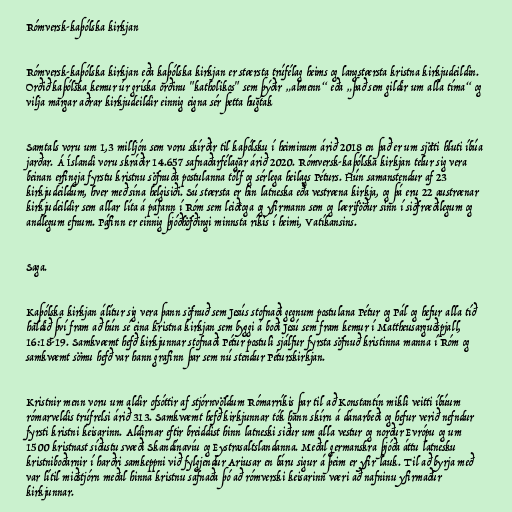
Rómversk-kaþólska kirkjan

Rómversk-kaþólska kirkjan eða kaþólska kirkjan er stærsta trúfélag heims og langstærsta kristna kirkjudeildin.
Orðið kaþólska kemur úr gríska orðinu "katholikos" sem þýðir „almenn“ eða „það sem gildir um alla tíma“ og
vilja margar aðrar kirkjudeildir einnig eigna sér þetta hugtak

Samtals voru um 1,3 milljón sem voru skírðir til kaþólsku í heiminum árið 2018 en það er um sjötti hluti íbúa
jarðar. Á Íslandi voru skráðir 14.657 safnaðarfélagar árið 2020. Rómversk-kaþólska kirkjan telur sig vera
beinan erfingja fyrstu kristnu söfnuða postulanna tólf og sérlega heilags Péturs. Hún samanstendur af 23
kirkjudeildum, hver með sína helgisiði. Sú stærsta er hin latneska eða vestræna kirkja, og þá eru 22 austrænar
kirkjudeildir sem allar líta á páfann í Róm sem leiðtoga og yfirmann sem og læriföður sinn í siðfræðilegum og
andlegum efnum. Páfinn er einnig þjóðhöfðingi minnsta ríkis í heimi, Vatíkansins.

Saga.

Kaþólska kirkjan álítur sig vera þann söfnuð sem Jesús stofnaði gegnum postulana Pétur og Pál og hefur alla tíð
haldið því fram að hún sé eina kristna kirkjan sem byggi á boði Jesú sem fram kemur í Mattheusarguðspjall,
16:18-19. Samkvæmt hefð kirkjunnar stofnaði Pétur postuli sjálfur fyrsta söfnuð kristinna manna í Róm og
samkvæmt sömu hefð var hann grafinn þar sem nú stendur Péturskirkjan.

Kristnir menn voru um aldir ofsóttir af stjórnvöldum Rómarríkis þar til að Konstantín mikli veitti íbúum
rómarveldis trúfrelsi árið 313. Samkvæmt hefð kirkjunnar tók hann skírn á dánarbeði og hefur verið nefndur
fyrsti kristni keisarinn. Aldirnar eftir breiddist hinn latneski siður um alla vestur og norður Evrópu og um
1500 kristnast síðustu svæði Skandínavíu og Eystrasaltslandanna. Meðal germanskra þjóða áttu latnesku
kristniboðarnir í harðri samkeppni við fylgjendur Ariusar en báru sigur á þeim er yfir lauk. Til að byrja með
var lítil miðstjórn meðal hinna kristnu safnaða þó að rómverski keisarinn væri að nafninu yfirmaður
kirkjunnar.